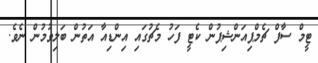
ޓީމް ސާފް ޗެމްޕިއަންޝިޕުން ކެޓީ ފަހު މެޗުގައި އިންޑިއާ އަތުން ބަލިވުމުން ނެވެ.